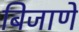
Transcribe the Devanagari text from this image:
बिजाणे